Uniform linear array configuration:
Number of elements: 12
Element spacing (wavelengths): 0.5
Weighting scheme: kaiser
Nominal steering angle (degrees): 30
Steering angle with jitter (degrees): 28.26
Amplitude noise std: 0.05
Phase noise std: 0.05

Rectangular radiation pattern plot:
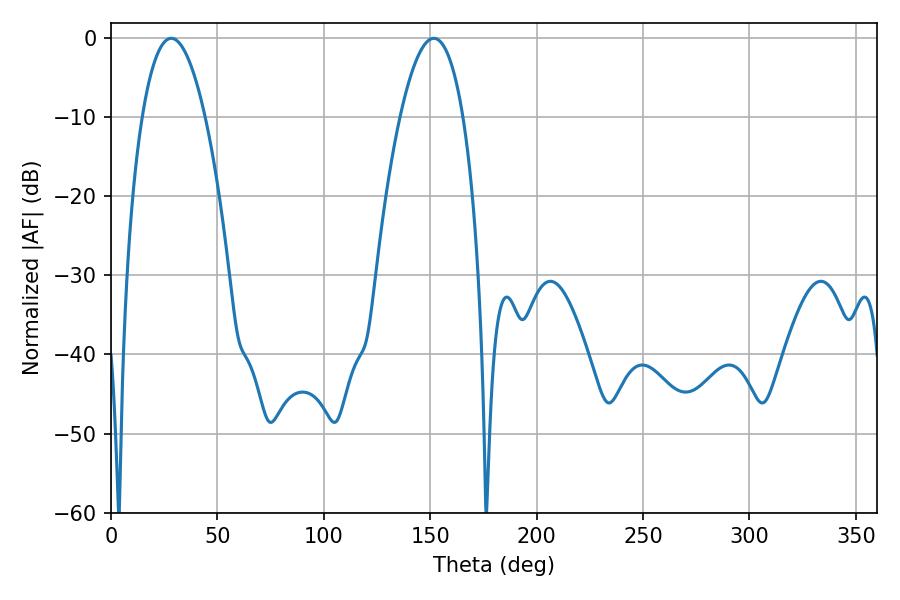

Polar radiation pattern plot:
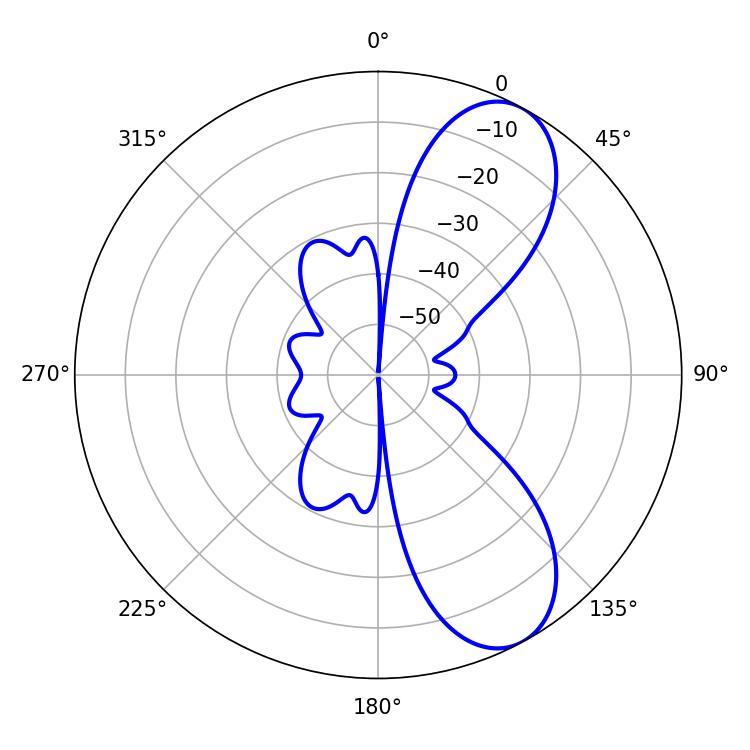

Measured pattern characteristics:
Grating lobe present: FALSE
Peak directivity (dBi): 8.34
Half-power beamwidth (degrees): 16.38
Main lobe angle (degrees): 28.26